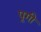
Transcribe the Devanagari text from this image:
पूगी